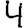
Digit: 4